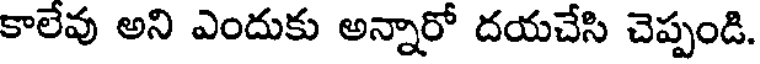
కాలేవు అని ఎందుకు అన్నారో దయచేసి చెప్పండి.